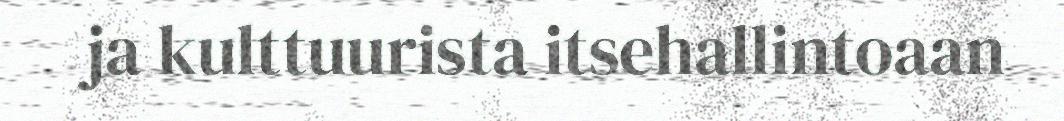
ja kulttuurista itsehallintoaan